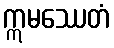
ဣမဿေတံ